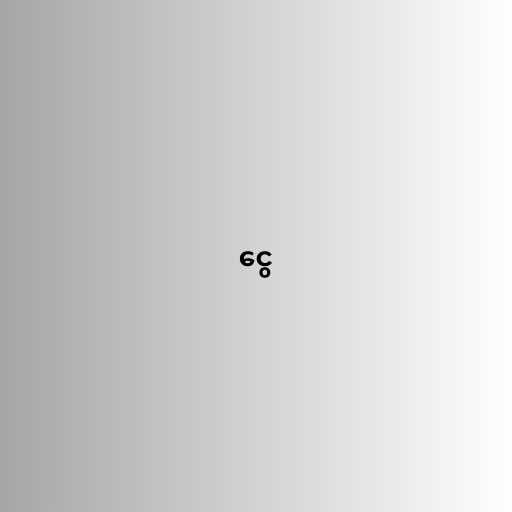
ငွေ